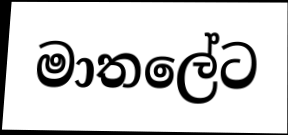
මාතලේට